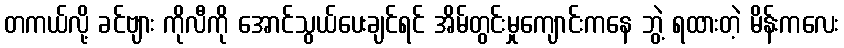
တကယ်လို့ ခင်ဗျား ကိုလီကို အောင်သွယ်ပေးချင်ရင် အိမ်တွင်းမှုကျောင်းကနေ ဘွဲ့ ရထားတဲ့ မိန်းကလေး